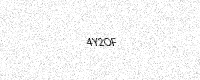
Text: 4Y2OF